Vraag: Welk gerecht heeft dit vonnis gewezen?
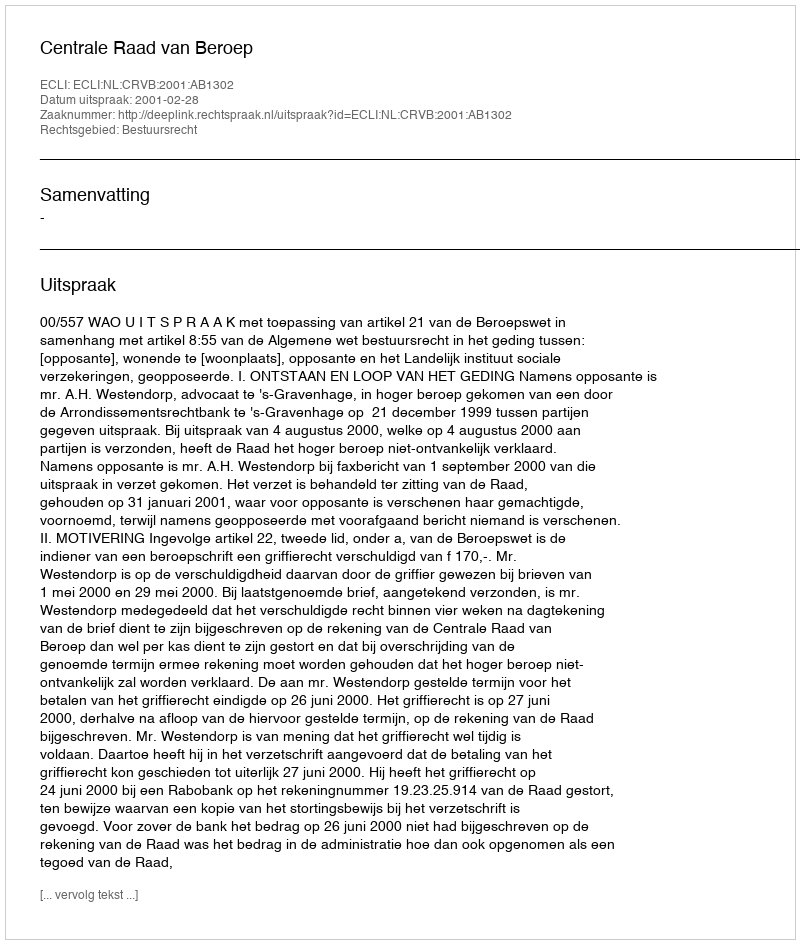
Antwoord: Centrale Raad van Beroep